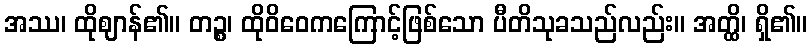
အဿ၊ ထိုဈာန်၏။ တဉ္စ၊ ထိုဝိဝေကကြောင့်ဖြစ်သော ပီတိသုခသည်လည်း။ အတ္ထိ၊ ရှိ၏။